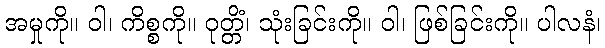
အမှုကို။ ဝါ၊ ကိစ္စကို။ ဝုတ္တိံ၊ သုံးခြင်းကို။ ဝါ၊ ဖြစ်ခြင်းကို။ ပါလနံ၊